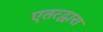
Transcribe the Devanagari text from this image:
एतत्द्वारा